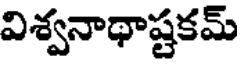
విశ్వనాథాష్టకమ్